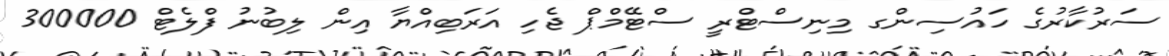
ސަރުކާރުގެ ހައުސިންގ މިނިސްޓްރީ ސްޓޭމްޕް ޖެހި އަރަބިއްޔާ އިން ލިބުނު ފްލެޓް 300000